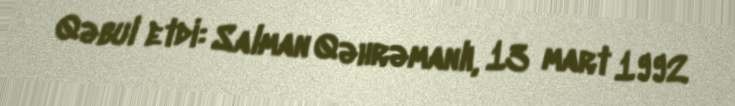
Qəbul etdi: Salman Qəhrəmanlı, 13 mart 1992